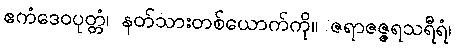
ဧကံဒေဝပုတ္တံ၊ နတ်သားတစ်ယောက်ကို။ ဇရာဇဇ္ဇရသရီရံ၊